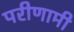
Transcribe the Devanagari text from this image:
परीणामी